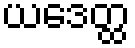
ယဒေတ္ထ